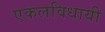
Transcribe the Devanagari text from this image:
एकलविधायी